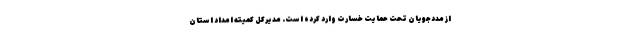
از مددجویان تحت حمایت خسارت وارد کرده است. مدیرکل کمیته امداد استان